Lunatic asylums Punjab 1911-1921 - 1911-1921
Year: 1911
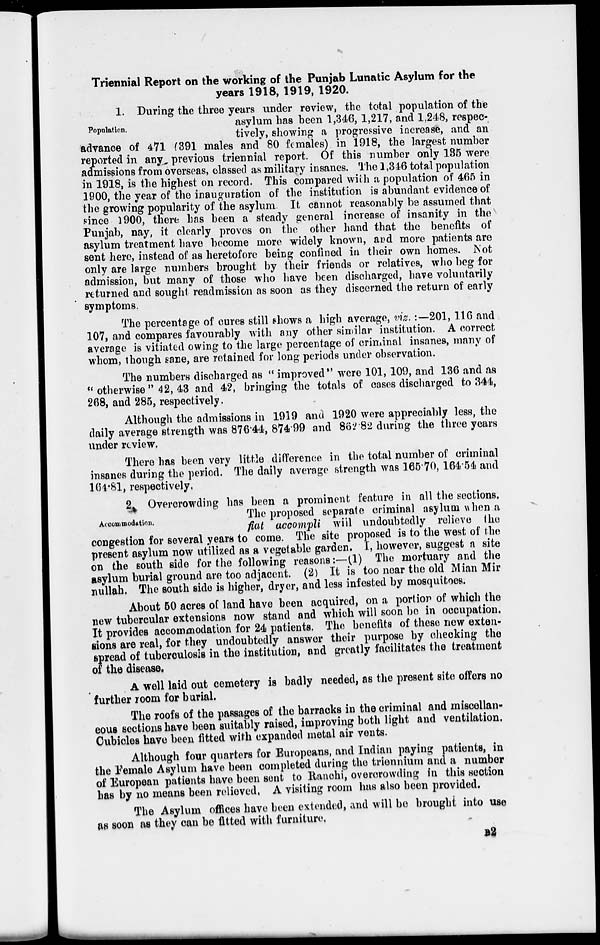
Triennial Report on the working of the Punjab Lunatic Asylum for the
years 1918, 1919, 1920.
Population.
1. During the three years under review, the total population of the
asylum has been 1,346, 1,217, and 1,248, respec-
tively, showing a progressive increase, and an
advance of 471 (391 males and 80 females) in 1918, the largest number
reported in any previous triennial report. Of this number only 135 were
admissions from overseas, classed as military insanes. The 1,346 total population
in 1918, is the highest on record. This compared with a population of 465 in
1900, the year of the inauguration of the institution is abundant evidence of
the growing popularity of the asylum. It cannot reasonably be assumed that
since 1900, there has been a steady general increase of insanity in the
Punjab, nay, it clearly proves on the other hand that the benefits of
asylum treatment have become more widely known, and more patients are
sent here, instead of as heretofore being confined in their own homes. Not
only are large numbers brought by their friends or relatives, who beg for
admission, but many of those who have been discharged, have voluntarily
returned and sought readmission as soon as they discerned the return of early
symptoms.
The percentage of cures still shows a high average, viz. :— 201, 116 and
107, and compares favourably with any other similar institution. A correct
average is vitiated owing to the large percentage of criminal insanes, many of
whom, though sane, are retained for long periods under observation.
The numbers discharged as " improved " were 101, 109, and 136 and as
" otherwise " 42, 43 and 42, bringing the totals of cases discharged to 344,
268, and 285, respectively.
Although the admissions in 1919 and 1920 were appreciably less, the
daily average strength was 876.44, 874.99 and 862.82 during the three years
under review,
There has been very little difference in the total number of criminal
insanes during the period. The daily average strength was 165.70, 164.54 and
164.81, respectively,
Accommodation.
2 Overcrowding has been a prominent feature in all the sections.
The proposed separate criminal asylum when a
fiat accompli will undoubtedly relieve the
congestion for several years to come. The site proposed is to the west of the
present asylum now utilized as a vegetable garden. I, however, suggest a site
on the south side for the following reasons:—(1) The mortuary and the
asylum burial ground are too adjacent. (2) It is too near the old Mian Mir
nullah. The south side is higher, dryer, and less infested by mosquitoes.
About 50 acres of land have been acquired, on a portion of which the
new tubercular extensions now stand and which will soon be in occupation.
It provides accommodation for 24 patients. The benefits of these new exten-
sions are real, for they undoubtedly answer their purpose by checking the
spread of tuberculosis in the institution, and greatly facilitates the treatment
of the disease.
A well laid out cemetery is badly needed, as the present site offers no
further room for burial.
The roofs of the passages of the barracks in the criminal and miscellan-
eous sections have been suitably raised, improving both light and ventilation.
Cubicles have been fitted with expanded metal air vents.
Although four quarters for Europeans, and Indian paying patients, in
the Female Asylum have been completed during the triennium and a number
of European patients have been sent to Ranchi, overcrowding in this section
has by no means been relieved, A visiting room has also been provided.
The Asylum offices have been extended, and will be brought into use
as soon as they can be fitted with furniture.
B2